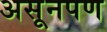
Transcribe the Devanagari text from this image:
असूनपण